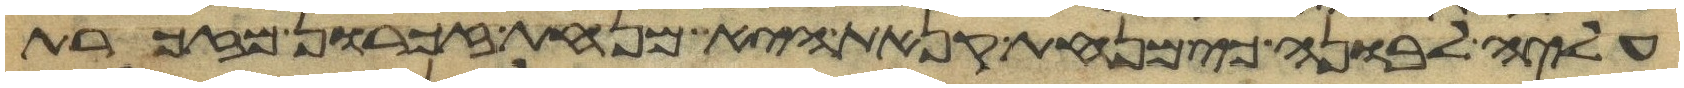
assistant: עליה לבונה כי מנחת קנאת היא מנחת זכרון מזכרת